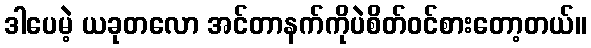
ဒါပေမဲ့ ယခုတလော အင်တာနက်ကိုပဲစိတ်ဝင်စားတော့တယ်။